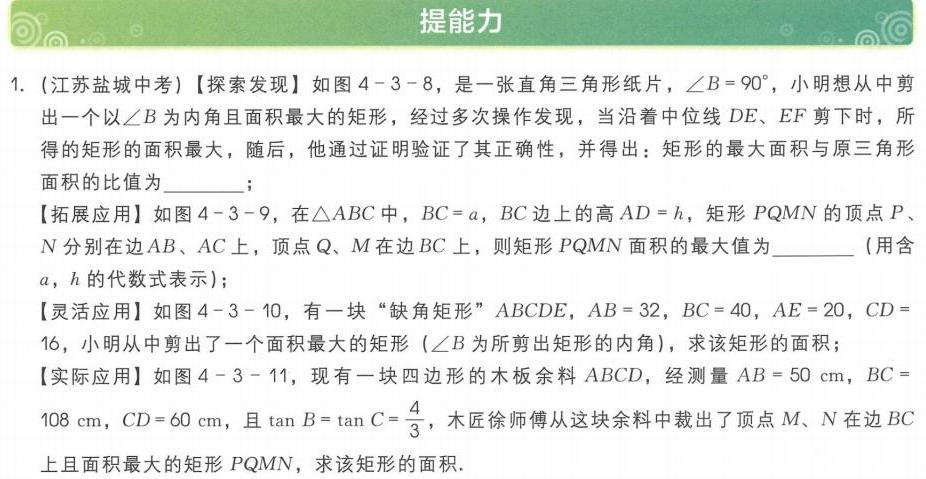
### 提能力
1. (江苏盐城中考)【探索发现】如图4 - 3 - 8，是一张直角三角形纸片，$\angle B = 90^{\circ}$，小明想从中剪出一个以$\angle B$为内角且面积最大的矩形，经过多次操作发现，当沿着中位线$DE$、$EF$剪下时，所得的矩形的面积最大，随后，他通过证明验证了其正确性，并得出：矩形的最大面积与原三角形面积的比值为_______；
【拓展应用】如图4 - 3 - 9，在$\triangle ABC$中，$BC = a$，$BC$边上的高$AD = h$，矩形$PQMN$的顶点$P$、$N$分别在边$AB$、$AC$上，顶点$Q$、$M$在边$BC$上，则矩形$PQMN$面积的最大值为_______（用含$a$，$h$的代数式表示）；
【灵活应用】如图4 - 3 - 10，有一块“缺角矩形”$ABCDE$，$AB = 32$，$BC = 40$，$AE = 20$，$CD = 16$，小明从中剪出了一个面积最大的矩形（$\angle B$为所剪出矩形的内角），求该矩形的面积；
【实际应用】如图4 - 3 - 11，现有一块四边形的木板余料$ABCD$，经测量$AB = 50\mathrm{cm}$，$BC = 108\mathrm{cm}$，$CD = 60\mathrm{cm}$，且$\tan B=\tan C=\frac{4}{3}$，木匠徐师傅从这块余料中裁出了顶点$M$、$N$在边$BC$上且面积最大的矩形$PQMN$，求该矩形的面积.